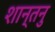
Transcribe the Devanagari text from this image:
शान्‍तनु